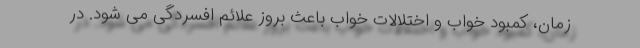
زمان، کمبود خواب و اختلالات خواب باعث بروز علائم افسردگی می شود. در